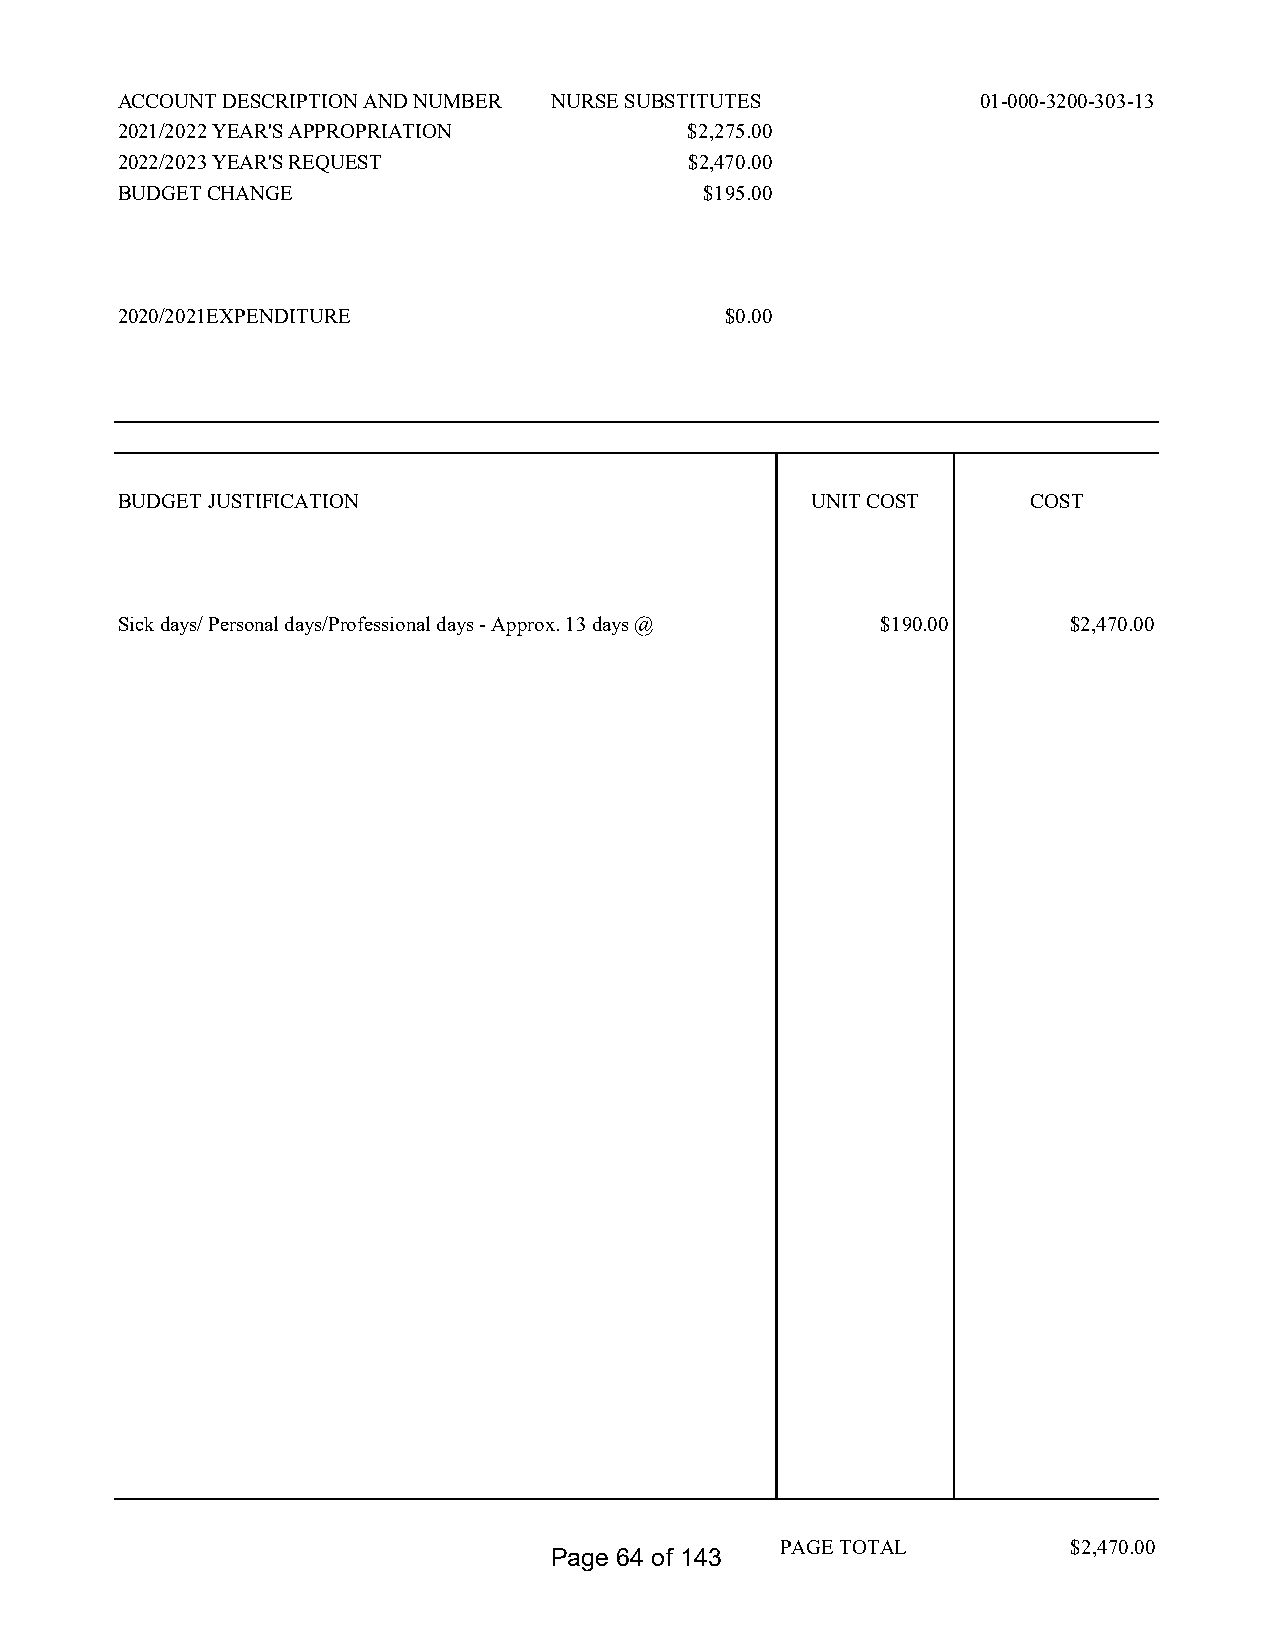
ACCOUNT DESCRIPTION AND NUMBER NURSE SUBSTITUTES         01-000-3200-303-13
 2021/2022 YEAR'S APPROPRIATION        $2,275.00
 2022/2023 YEAR'S REQUEST              $2,470.00
 BUDGET CHANGE                          $195.00
 2020/2021EXPENDITURE                    $0.00
 BUDGET JUSTIFICATION                          UNIT COST     COST
 Sick days/ Personal days/Professional days - Approx. 13 days @ $190.00 $2,470.00
 PAGE TOTAL         $2,470.00
 Page 64 of 143